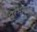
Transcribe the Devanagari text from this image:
प्रभास्वर